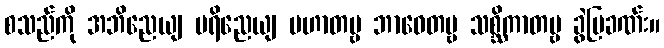
စသည်ကို အဘိညေယျ ပရိညေယျ ပဟာတဗ္ဗ ဘာဝေတဗ္ဗ သစ္ဆိကာတဗ္ဗ ခွဲပြခဏ်း။